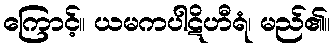
ကြောင့်။ ယမကပါဋိဟီရံ၊ မည်၏။